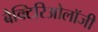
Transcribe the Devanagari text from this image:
बैक्टिरिओलॉजी